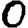
Digit: 0